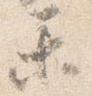
楽